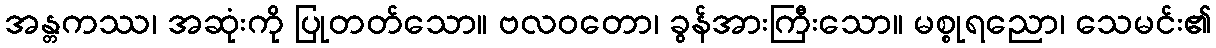
အန္တကဿ၊ အဆုံးကို ပြုတတ်သော။ ဗလဝတော၊ ခွန်အားကြီးသော။ မစ္စုရညော၊ သေမင်း၏